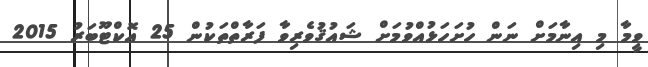
ވީމާ މި އިނާމަށް ނަން ހުށަހަޅުއްވުމަށް ޝައުުޤުވެރިވާ ފަރާތްތަކުން 25 އޮކްޓޫބަރު 2015